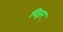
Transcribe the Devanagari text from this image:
विरूर